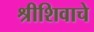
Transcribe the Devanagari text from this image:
श्रीशिवाचे